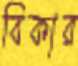
বিকার